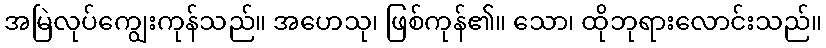
အမြဲလုပ်ကျွေးကုန်သည်။ အဟေသု၊ ဖြစ်ကုန်၏။ သော၊ ထိုဘုရားလောင်းသည်။